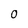
Character: 0